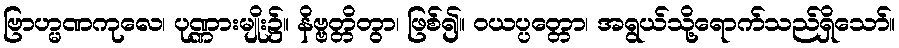
ဗြာဟ္မဏကုလေ၊ ပုဏ္ဏားမျိုး၌။ နိဗ္ဗတ္တိတွာ၊ ဖြစ်၍။ ဝယပ္ပတ္တော၊ အရွယ်သို့ရောက်သည်ရှိသော်။